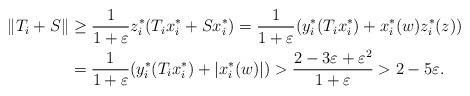
LaTeX: \begin{align*} \|T_i + S\| &\ge \frac{1}{1+\varepsilon} z_i^*(T_i x_i^* + Sx_i^*) = \frac{1}{1+\varepsilon} (y_i^*(T_i x_i^*) + x_i^*(w)z_i^*(z)) \\ &= \frac{1}{1+\varepsilon} (y_i^*(T_i x_i^*) + |x_i^*(w)|) > \frac{2-3\varepsilon+\varepsilon^2}{1+\varepsilon} > 2 - 5 \varepsilon. \end{align*}